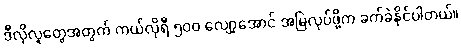
ဒီလိုလူတွေအတွက် ကယ်လိုရီ ၅၀၀ လျော့အောင် အမြဲလုပ်ဖို့က ခက်ခဲနိုင်ပါတယ်။